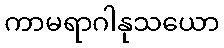
ကာမရာဂါနုသယော